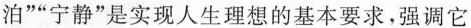
泊””宁静”是实现人生理想的基本要求，强调它